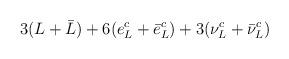
LaTeX: \begin{align*}3(L+\bar{L})+6(e^c_L +\bar{e}^c_L)+3(\nu^c_L +\bar{\nu}^c_L)\end{align*}